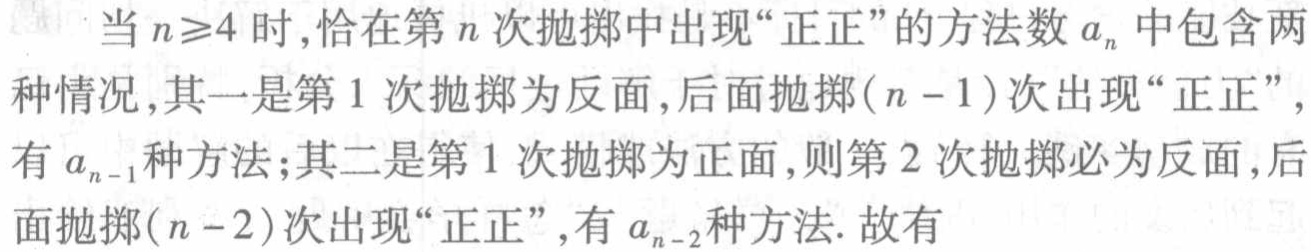
当 \(n\geqslant4\) 时,恰在第 \(n\) 次抛掷中出现“正正”的方法数 \(a_{n}\) 中包含两种情况,其一是第 \(1\) 次抛掷为反面,后面抛掷 \((n - 1)\) 次出现“正正”,有 \(a_{n - 1}\) 种方法;其二是第 \(1\) 次抛掷为正面,则第 \(2\) 次抛掷必为反面,后面抛掷 \((n - 2)\) 次出现“正正”,有 \(a_{n - 2}\) 种方法. 故有